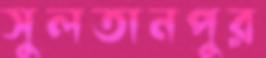
সুলতানপুর